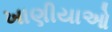
ખાણીયાઓ